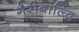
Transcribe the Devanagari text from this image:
गैरीबाल्दि